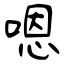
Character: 嗯